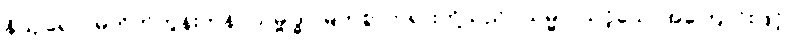
နိယျရေ၁၊ မတိုက်တွန်းကုန်။ သမ္ဗုဒ္ဓါ၊ မြတ်စွာဘုရားတို့သည်။ သမ္မာ၊ သင့်သောအကြောင်းဖြင့်။